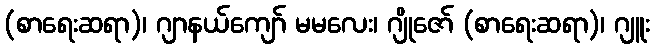
(စာရေးဆရာ)၊ ဂျာနယ်ကျော် မမလေး၊ ဂျိုဇော် (စာရေးဆရာ)၊ ဂျူး